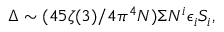
\Delta \sim ( 4 5 { \zeta } ( 3 ) / 4 { \pi ^ { 4 } } N ) { \Sigma } N ^ { i } { \epsilon _ { i } } S _ { i } ,